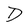
Character: D